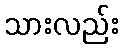
သားလည်း